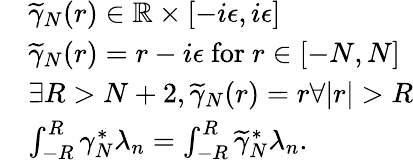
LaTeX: \begin{array}{rl}&{\widetilde\gamma_{N}(r)\in\mathbb{R}\times[-i\epsilon,i\epsilon]}\\ &{\widetilde\gamma_{N}(r)=r-i\epsilon\mathrm{~for~}r\in[-N,N]}\\ &{\exists R>N+2,\widetilde\gamma_{N}(r)=r\forall|r|>R}\\ &{\int_{-R}^{R}\gamma_{N}^{*}\lambda_{n}=\int_{-R}^{R}\widetilde\gamma_{N}^{*}\lambda_{n}.}\end{array}